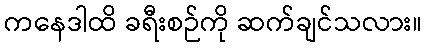
ကနေဒါထိ ခရီးစဉ်ကို ဆက်ချင်သလား။